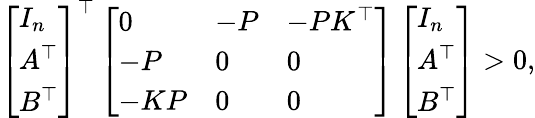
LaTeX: \left[\begin{array}{l}{I_{n}}\\ {A^{\top}}\\ {B^{\top}}\end{array}\right]^{\top}\left[\begin{array}{lll}{0}&{-P}&{-PK^{\top}}\\ {-P}&{0}&{0}\\ {-KP}&{0}&{0}\end{array}\right]\left[\begin{array}{l}{I_{n}}\\ {A^{\top}}\\ {B^{\top}}\end{array}\right]>0,